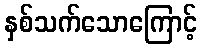
နှစ်သက်သောကြောင့်